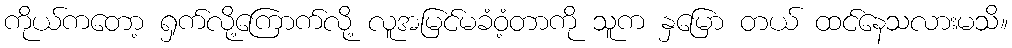
ကိုယ်ကတော့ ရှက်လို့ကြောက်လို့ လူအမြင်မခံဝံ့တာကို သူက နှမြော တယ် ထင်နေသလားမသိ။